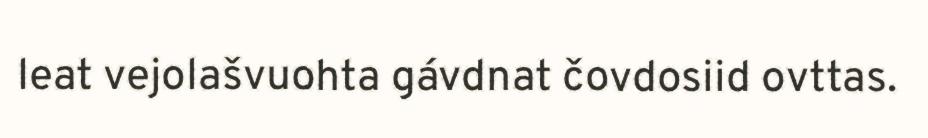
leat vejolašvuohta gávdnat čovdosiid ovttas.